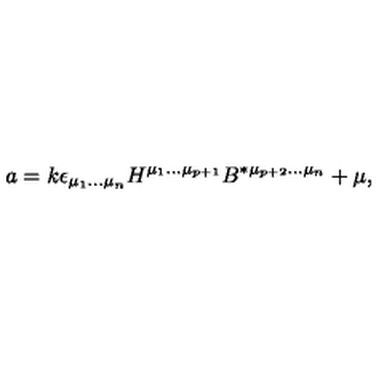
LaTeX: a = k \epsilon _ { \mu _ { 1 } \ldots \mu _ { n } } H ^ { \mu _ { 1 } \ldots \mu _ { p + 1 } } B ^ { * \mu _ { p + 2 } \ldots \mu _ { n } } + \mu ,